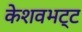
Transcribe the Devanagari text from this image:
केशवभट्ट